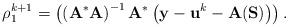
LaTeX: \begin{align*}\rho_1^{k+1} = \left( \left(\mathbf{A}^*\mathbf{A} \right)^{-1}\mathbf{A}^*\left( \mathbf{y} - \mathbf{u}^k - \mathbf{A}(\mathbf{S}) \right) \right).\end{align*}